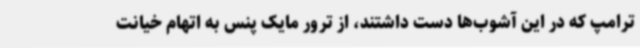
ترامپ که در این آشوب‌ها دست داشتند، از ترور مایک پنس به اتهام خیانت